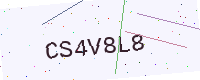
Text: CS4V8L8